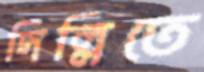
দিল্লিতে